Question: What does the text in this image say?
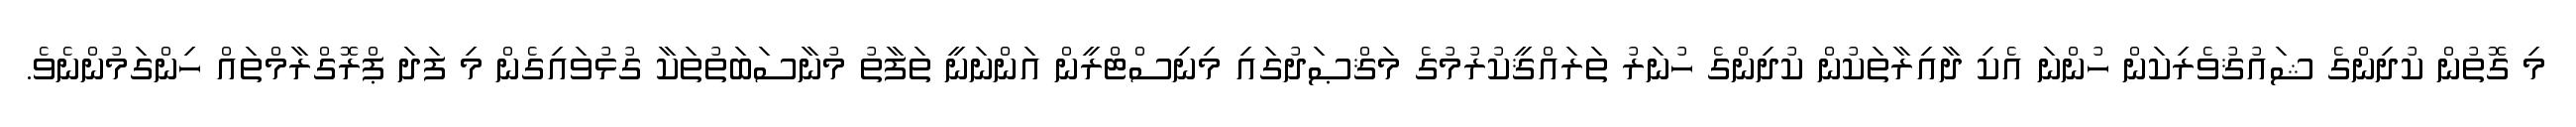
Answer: މި ގޮތުން ކުދިންގެ ޝައުޤުވެރިކަން ހުންނަ އެކި ދާއިރާތަކުން ކުދިންގެ ހުނަރު ތަރައްޤީކުރުމުގެ މަޤްޞަދުގައި މިނިސްޓްރީން އަންނަނީ ތަފާތު މުނާސަބަތުތަކާ ގުޅުވައިގެން މި ފަދަ ޕްރޮގްރާމްތައް ހިންގަމުންނެވެ.